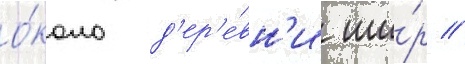
о́коло д'ер'е́вн'и ши́р //